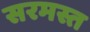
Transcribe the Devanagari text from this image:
सरमस्त